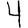
Digit: 4